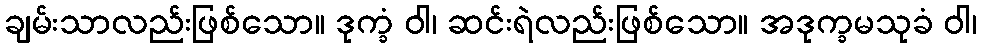
ချမ်းသာလည်းဖြစ်သော။ ဒုက္ခံ ဝါ၊ ဆင်းရဲလည်းဖြစ်သော။ အဒုက္ခမသုခံ ဝါ၊